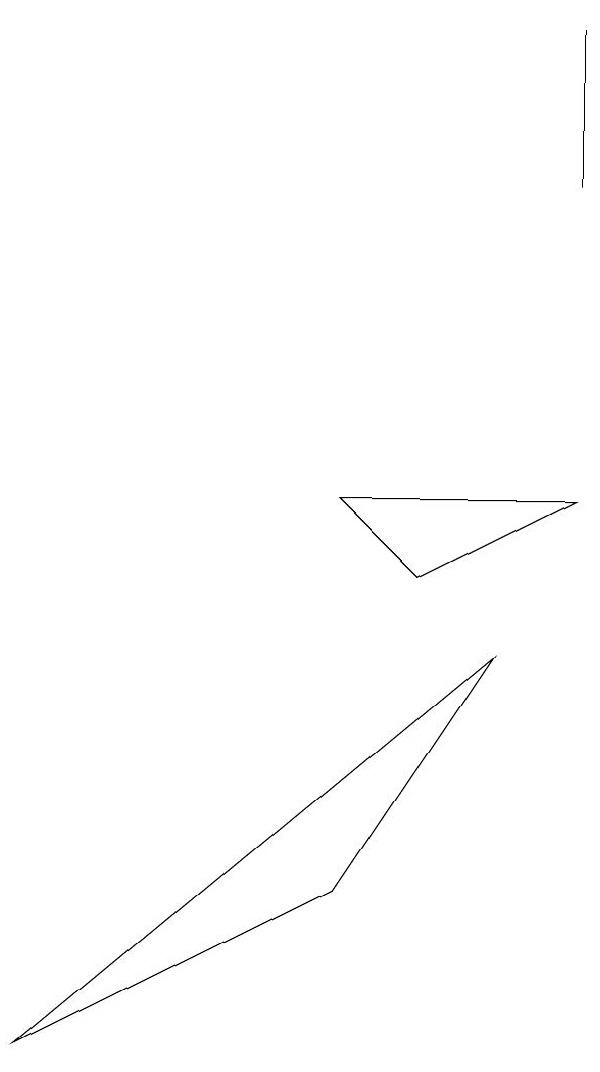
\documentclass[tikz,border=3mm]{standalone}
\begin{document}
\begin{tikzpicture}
\draw (7,6) -- (6,7) -- (9,7) -- cycle;
\draw (9,13) rectangle (9,11);
\draw (8,5) -- (2,0) -- (6,2) -- cycle;
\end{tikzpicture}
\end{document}